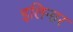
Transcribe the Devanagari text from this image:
इलिनार